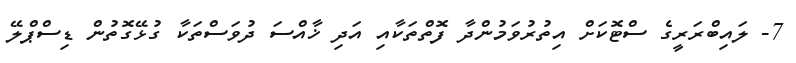
7- ލައިބްރަރީގެ ސްޓޮކަށް އިތުރުވަމުންދާ ފޮތްތަކާއި އަދި ޚާއްސަ ދުވަސްތަކާ ގުޅޭގޮތުން ޑިސްޕްލޭ